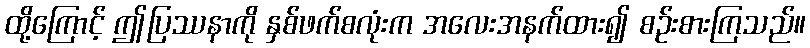
ထို့ကြောင့် ဤပြဿနာကို နှစ်ဖက်စလုံးက အလေးအနက်ထား၍ စဉ်းစားကြသည်။